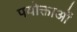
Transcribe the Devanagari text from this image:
पयोक्ताओं